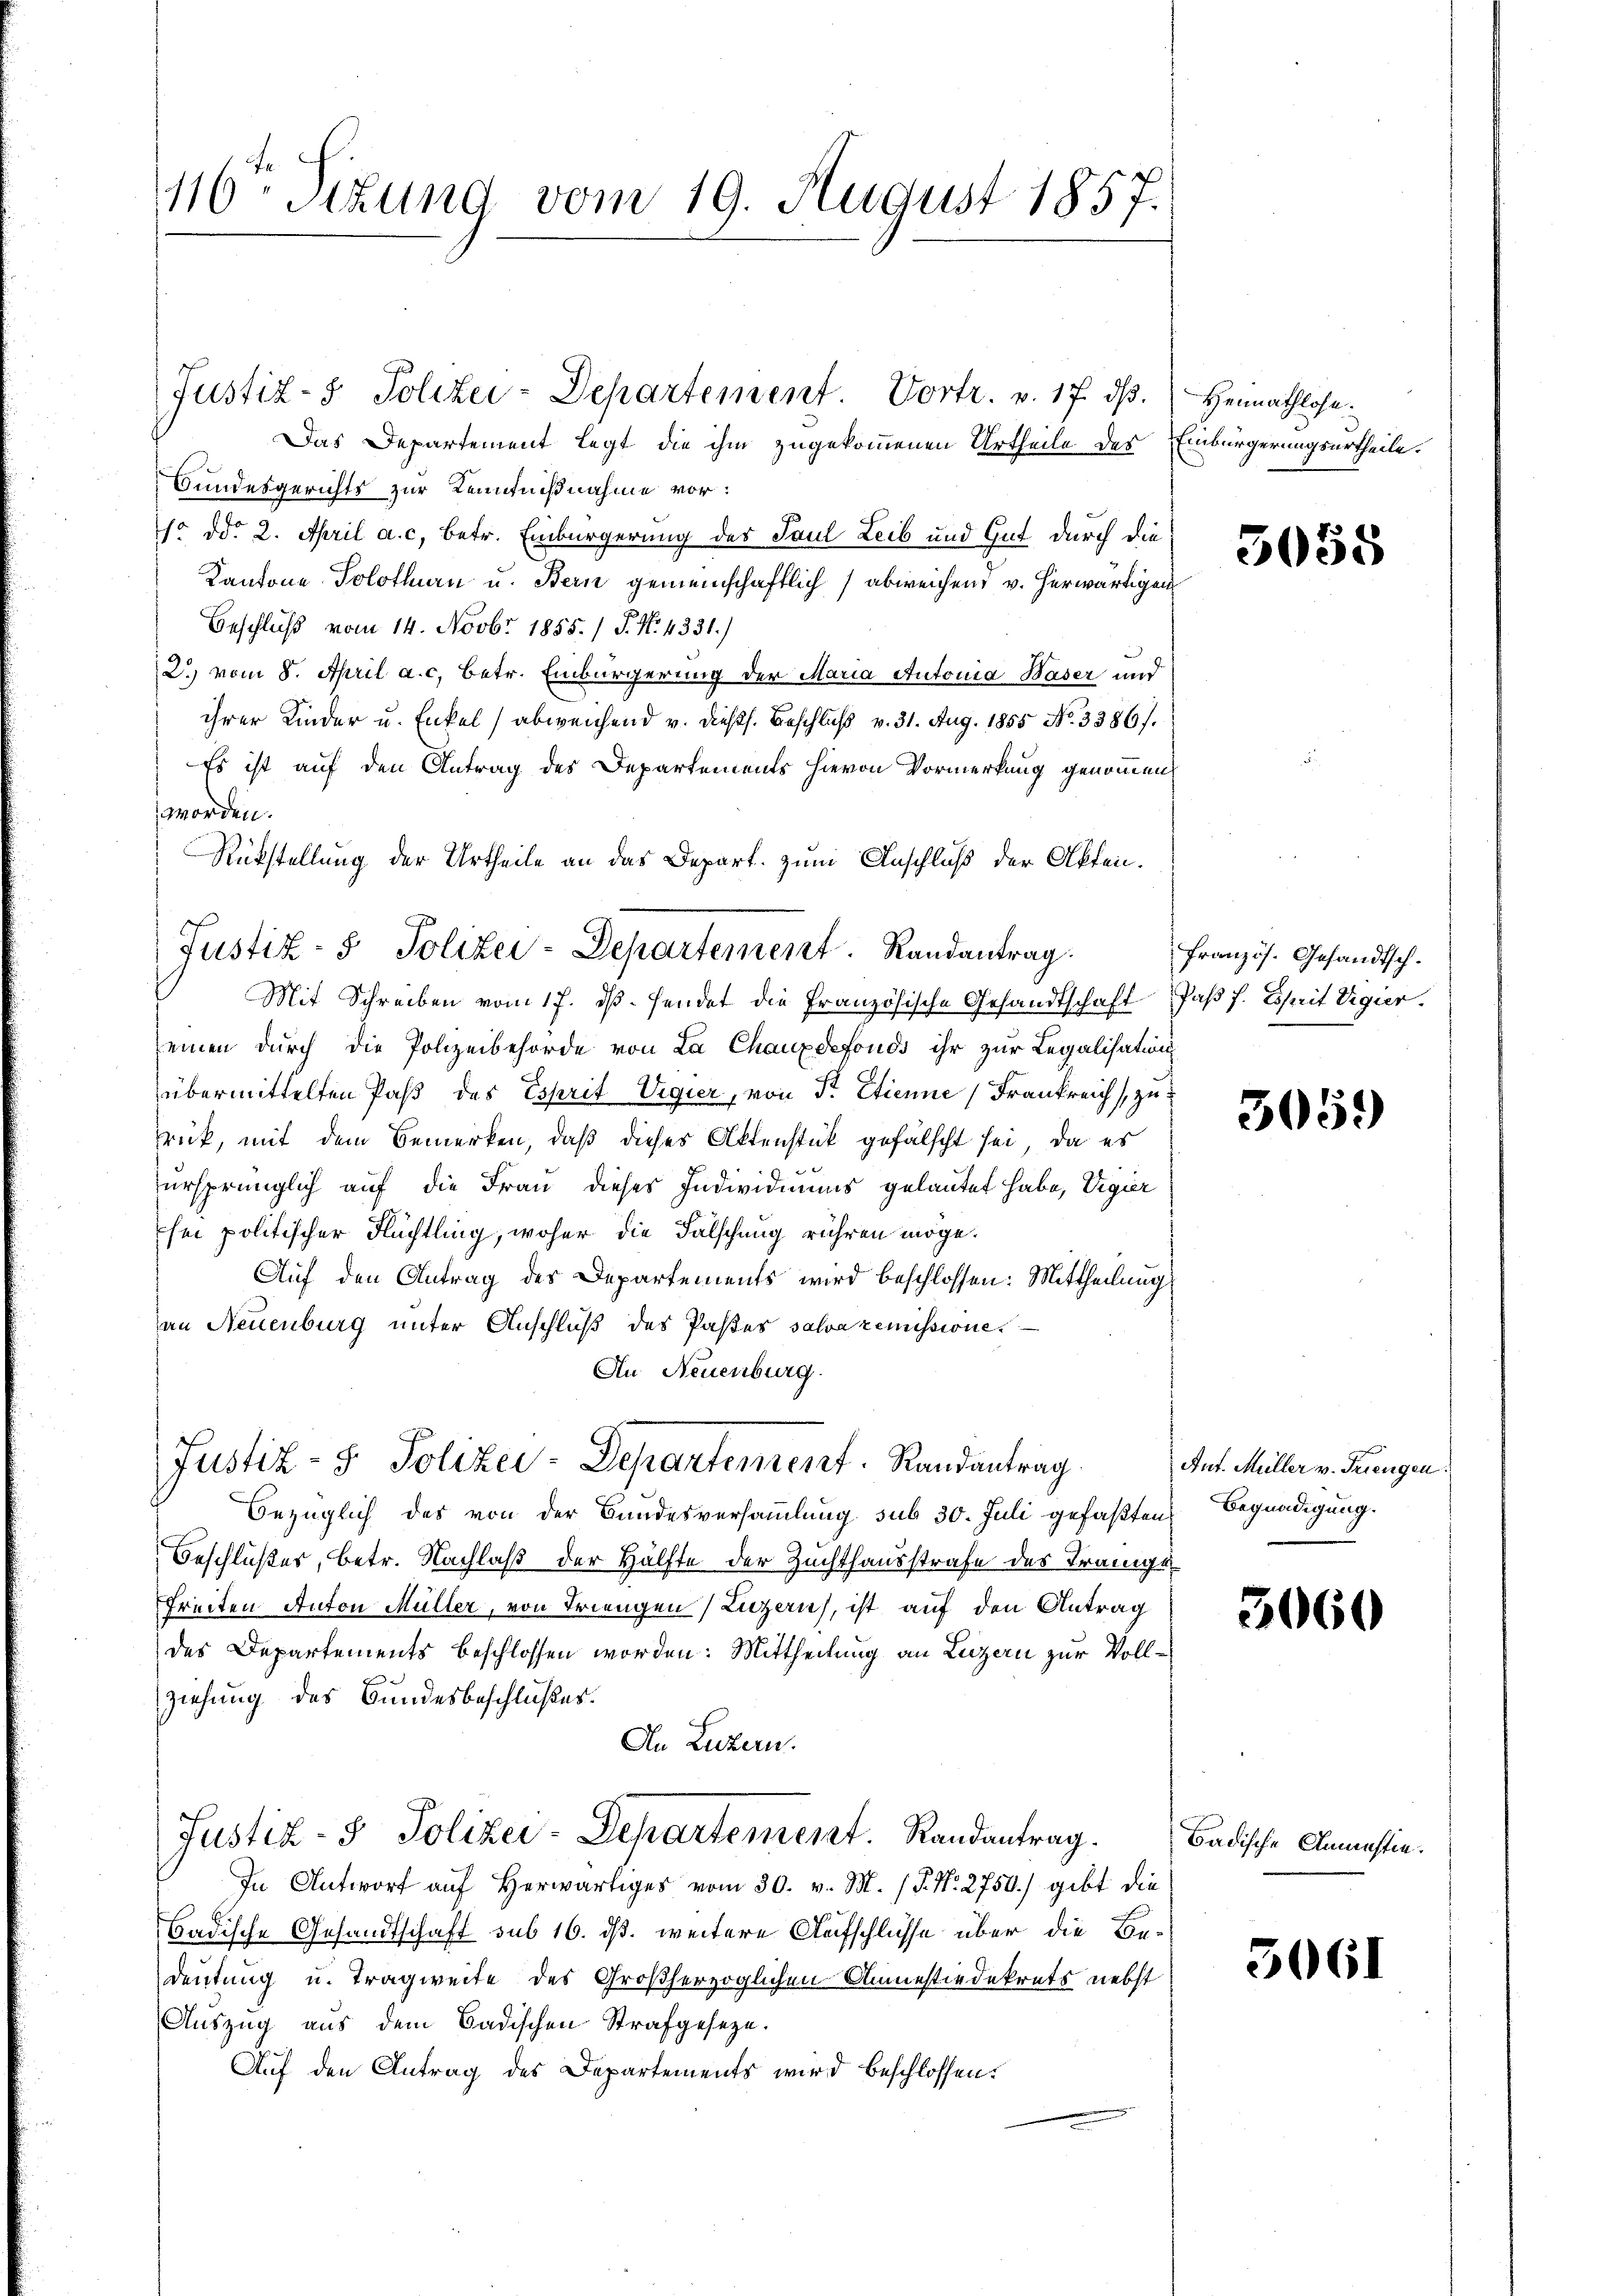
116 sizung vom 19. August 1857.

Das Departement legt die ihm zugekommenen Urtheile des Einbürgerungsurtheile.
Bundesgerichts zur Kenntnißnahme vor:
1o ddo 2. April a. c. betr. Einbürgerung des Paul Leib und Gut durch die
Kantone Solothurn u. Bern gemeinschaftlich abweichen, v. herwärtigen
Beschluß vom 14. Novbr 1855. / 5. No. 4331.)
2. vom 8. April a. c. betr. Einbürgerung der Maria Autonia Baser und
ihrer Kinder u. Enkel) abweichend v. dießs. Beschluß v. 31. Aug. 1855 No. 3386).
Es ist auf den Antrag des Departements hievon Vormerkung genommen,
worden.
Rükstellung der Urtheile an das Depart. zum Anschluß der Akten.
Justiz- & Polizei-Departement. Randantrag.
Mit Schreiben vom 17. ds. sendet die Französische Gesandtschaft daß f. Esprit Vigier.
einen dŭrch die Polizeibehörde von La Chauxdefonds ihr zur Legalisations-
übermittelten Paß des Esprit Vigier, von Sr. Etienne (Frankreich zu
rück, mit dem Bemerken, daß dieses Aktenstück gefälscht sei, da es
“
ursprünglich auf die Frau dieses Individiums gelautet habe, Vigier
hei politischer Flüchtling, woher die Falschung rühren möge.
Auf den Antrag des Departements wird beschlossen: Mittheilung
an Neuenburg unter Anschluß des Pastes salvazemissione
An Neuenburg.

Justiz- & Polizei-Departement. Randantrag.

Justiz- & Polizei-Departement Vortr. v. 17. ds.

Bezüglich des von der Bundesversammlung sub 30. Juli gefaßten Begnadigung.
Beschlußes, betr. Nachlaß der Hälfte der Zuchthausstrafe des Tränge
freiten Anton Müller, von Triengen (Luzern, ist auf den Antrag
des Departements beschlossen worden. Mittheilung an Luzern zur Vollziehung des Bundesbeschlußes.
An Luzern.
Justiz- & Polizei-Departement. Randantrag.
In Antwort auf herwärtiges vom 30. v. M. P. Nr. 2750) gibt die
badische Gesandtschaft sub 16. ds. weitere Aufschlüsse über die Be-
deutung u. Tragweite des Großherzoglichen Anmestiedekrets nebst
Auszug aus dem Badischen Strafgesetze.
Auf den Antrag des Departements wird beschlossen:

Heimathlose

5058

französ. Gesandtsch.

5059)

Ant. Müller v. Friengen

3060

Badische Anmusten.

3061